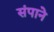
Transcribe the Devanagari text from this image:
संपाने